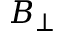
B _ { \bot }